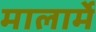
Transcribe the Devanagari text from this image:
मालार्मे